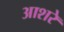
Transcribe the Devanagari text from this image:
आशरे